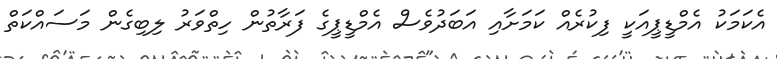
އެކަމަކު އެމްޑީޕީއަކީ ފިކުރެއް ކަމަށާއި އަބަދުވެސް އެމްޑީޕީގެ ފަރާތުން ހިތްވަރު ލިބިގެން މަސައްކަތް